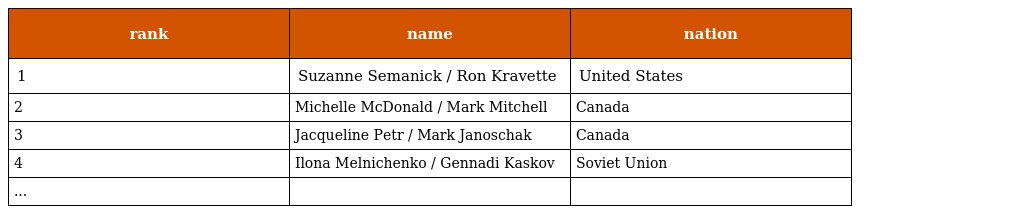
| rank | name | nation |
 | --- | --- | --- |
 | 1 | Suzanne Semanick / Ron Kravette | United States |
 | 2 | Michelle McDonald / Mark Mitchell | Canada |
 | 3 | Jacqueline Petr / Mark Janoschak | Canada |
 | 4 | Ilona Melnichenko / Gennadi Kaskov | Soviet Union |
 | ... |  |  |